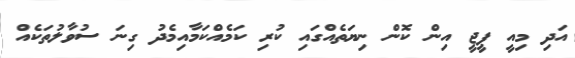
އަދި މިއީ ޕީޖީ އިން ކޮން ނިޔަތެއްގައި ކުރި ކަމެއްކަމާއިމެދު ގިނަ ސުވާލުތަކެއް